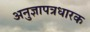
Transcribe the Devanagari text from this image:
अनुज्ञापत्रधारक